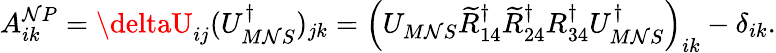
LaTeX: A_{ik}^{\mathcal{N}P}=\deltaU_{ij}(U_{M\mathcal{N}S}^{\dagger})_{jk}=\left(U_{M\mathcal{N}S}\widetilde{{R}}_{14}^{\dagger}\widetilde{{R}}_{24}^{\dagger}R_{34}^{\dagger}U_{M\mathcal{N}S}^{\dagger}\right)_{ik}-\delta_{ik}.